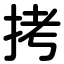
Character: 拷